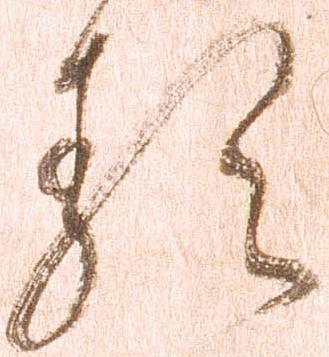
類